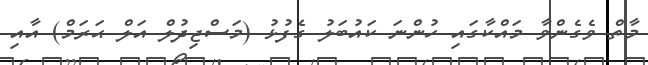
މާތް ވެގެންވާ މައްކާގައި ހުންނަ ކައުބަލު ގެފުޅު (މަސްޖިދުލް އަލް ޙަރަމް) އާއި